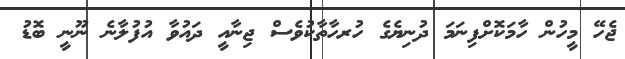
ޖެހޭ މީހުން ހާމަކޮށްފިނަމަ ދުނިޔެގެ ހުރހާތާކުވެސް ޖިނާއީ ދައުވާ އުފުލާނެ ނޫނީ ބޮޑު